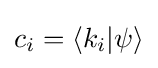
c_{i}=\langle {k_{i}}|\psi \rangle